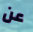
عن